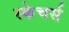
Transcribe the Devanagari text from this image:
स्केचर्स